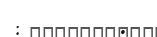
:        .